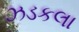
ઝડકલા